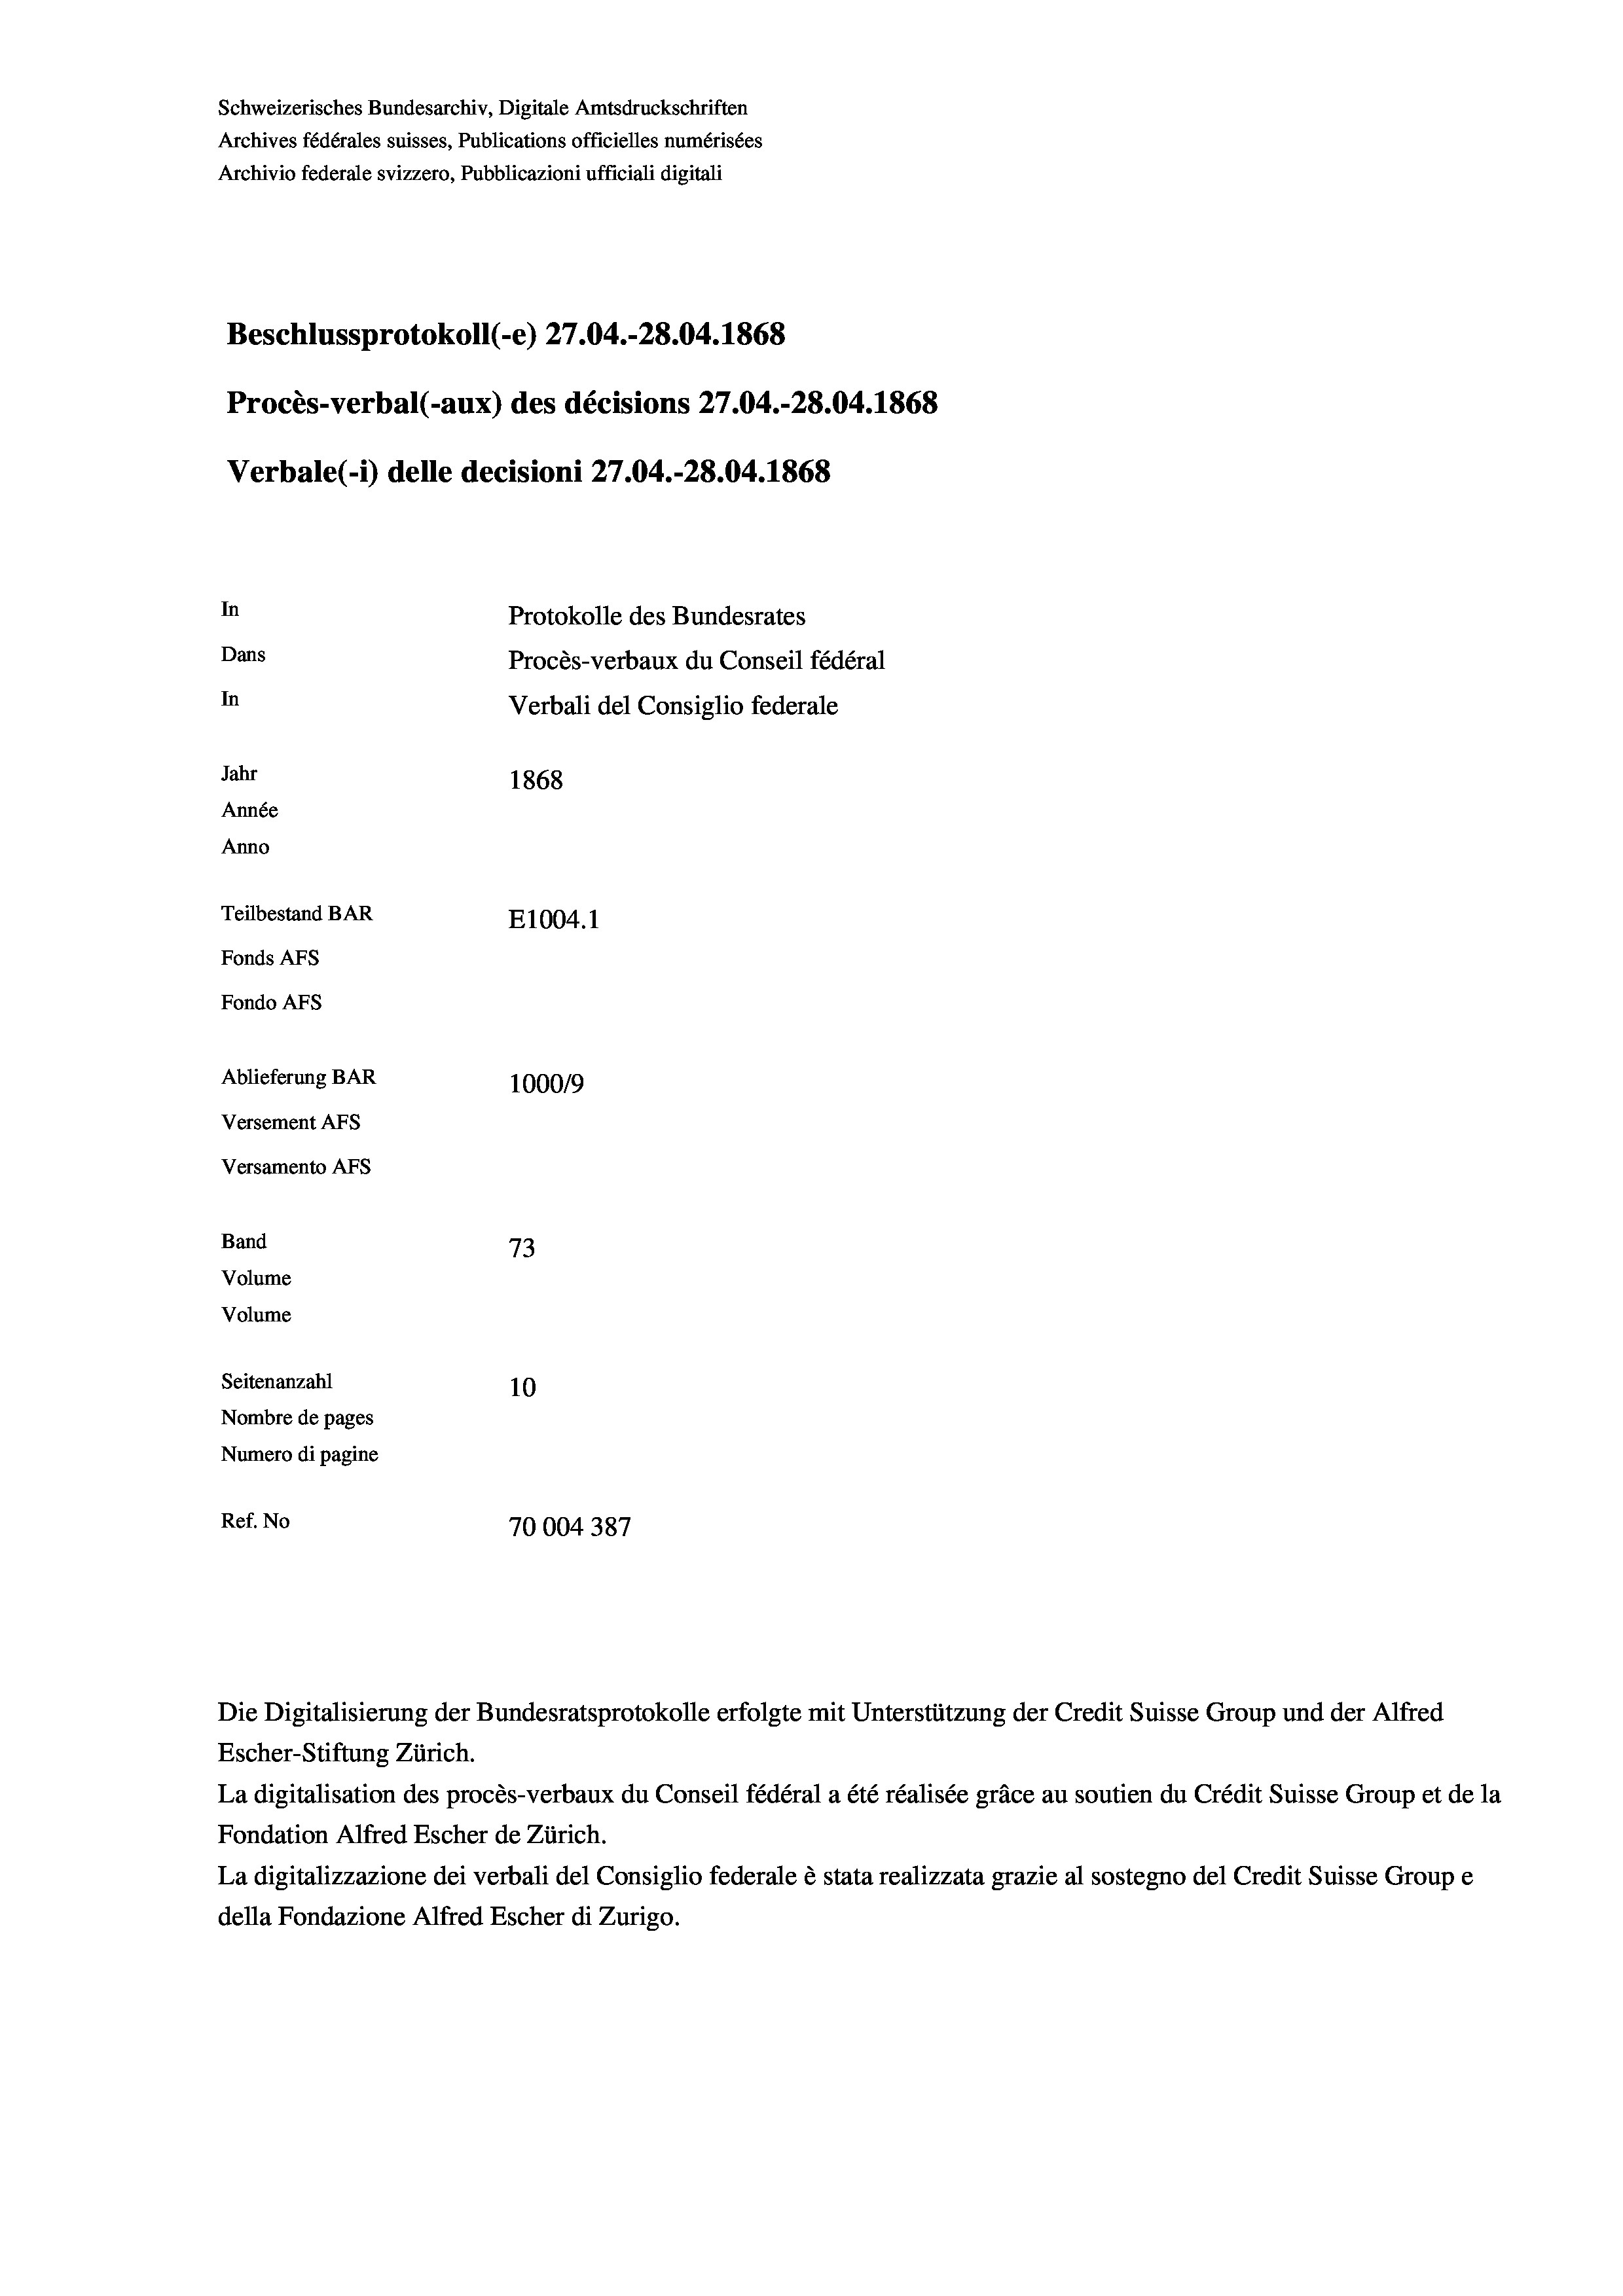
Schweizerisches Bundesarchiv, Digitale Amtsdruckschriften
Archives fédérales suisses, Publications officielles numérisées
Archivio federale svizzero, Pubblicazioni ufficiali digitali
Beschlussprotokoll (-e) 27.04.-28.04. 1868
Procès-verbal (-aux) des décisions 27.04.-28.04. 1868
Verbale(-*) delle decisioni 27.04.-28.04. 1868
In
Protokolle des Bundesrates
Dans
Procès-verbaux du Conseil fédéral
In
Verbali del Consiglio federale
Jahr
1868
Année
Anno
Teilbestand BAR
E1004.1
Fonds AFs
Fondo Afs
Ablieferung BAR
100019
Versement AFs
Versamento Afs
Band
73
Volume
Volume
Seitenanzahl
10

Nombre de pages
Numero di pagine
Ref. No
70004 387

Escher-Stiftung Zürich.
La digitalisation des procès-verbaux du Conseil fédéral a été réalisée gräce au soutien du Crédit Suisse Group et de la
Fondation Alfred Escher de Zürich.
La digitalizzazione dei verbali del Consiglio federale è stata realizzata grazie al sostegno del Credit Suisse Groupe
della Fondazione Alfred Escher di Zurigo.

Die Digitalisierung der Bundesratsprotokolle erfolgte mit Unterstützung der Credit Suisse Group und der Alfred